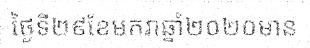
ថ្ងៃទី២៩ខែមករាឆ្នាំ២០២០មាន